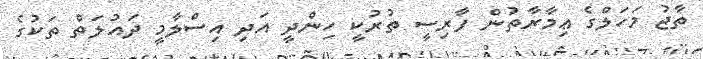
ތާޖު މަހަލްގެ ޢިމާރާތުން ފާރިސީ ތުރުކީ ހިންދީ އަދި އިސްލާމީ ދައުލަތް ތަކުގެ